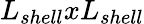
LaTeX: L_{shell}xL_{shell}